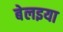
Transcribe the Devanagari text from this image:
बेलइया